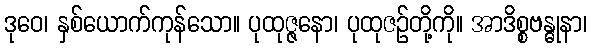
ဒုဝေ၊ နှစ်ယောက်ကုန်သော။ ပုထုဇ္ဇနော၊ ပုထုဇဉ်တို့ကို။ အာဒိစ္စဗန္ဓုနာ၊